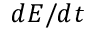
d E / d t